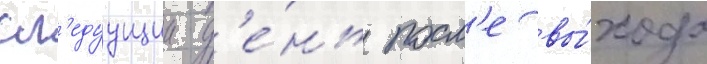
сл'едуущии д'е́нь посл'е вы́хода